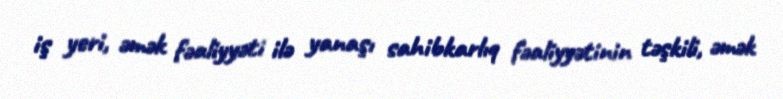
iş yeri, əmək fəaliyyəti ilə yanaşı sahibkarlıq fəaliyyətinin təşkili, əmək